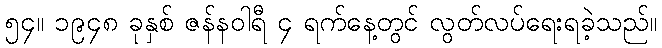
၅၄။ ၁၉၄၈ ခုနှစ် ဇန်နဝါရီ ၄ ရက်နေ့တွင် လွတ်လပ်ရေးရခဲ့သည်။